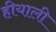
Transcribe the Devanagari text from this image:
हीयाली